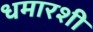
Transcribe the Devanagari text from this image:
धमारशी